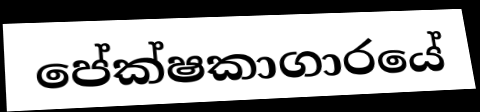
පේක්ෂකාගාරයේ